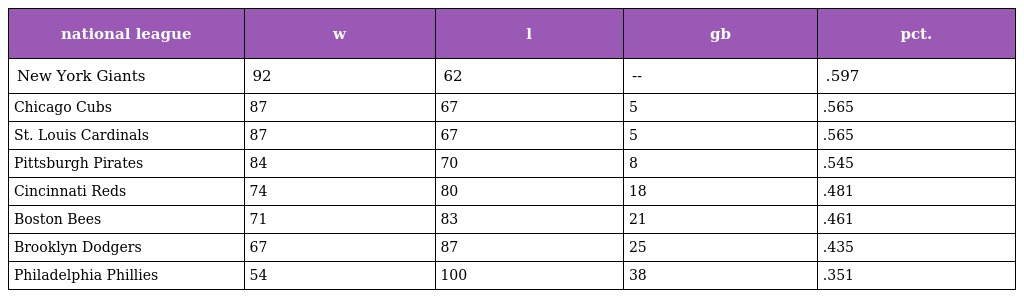
| national league | w | l | gb | pct. |
 | --- | --- | --- | --- | --- |
 | New York Giants | 92 | 62 | -- | .597 |
 | Chicago Cubs | 87 | 67 | 5 | .565 |
 | St. Louis Cardinals | 87 | 67 | 5 | .565 |
 | Pittsburgh Pirates | 84 | 70 | 8 | .545 |
 | Cincinnati Reds | 74 | 80 | 18 | .481 |
 | Boston Bees | 71 | 83 | 21 | .461 |
 | Brooklyn Dodgers | 67 | 87 | 25 | .435 |
 | Philadelphia Phillies | 54 | 100 | 38 | .351 |